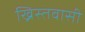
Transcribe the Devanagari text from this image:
ख्रिस्तवासी